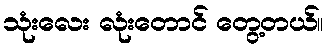
သုံးလေး လုံးတောင် တွေ့တယ်။